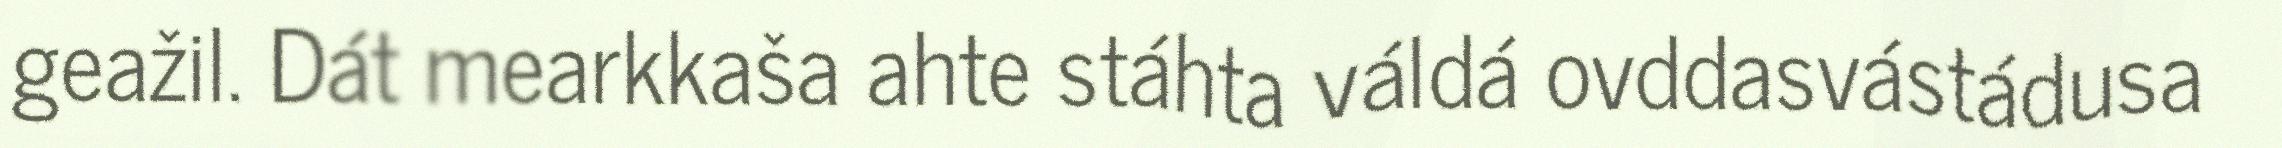
geažil. Dát mearkkaša ahte stáhta váldá ovddasvástádusa